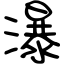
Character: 瀑